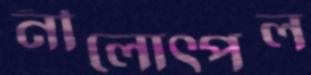
নীলোত্পল